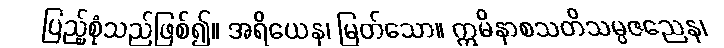
ပြည့်စုံသည်ဖြစ်၍။ အရိယေန၊ မြတ်သော။ ဣမိနာစသတိသမ္ပဇညေန၊